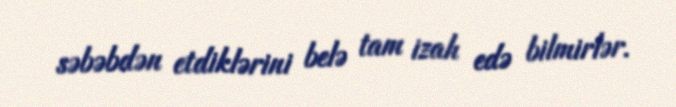
səbəbdən etdiklərini belə tam izah edə bilmirlər.